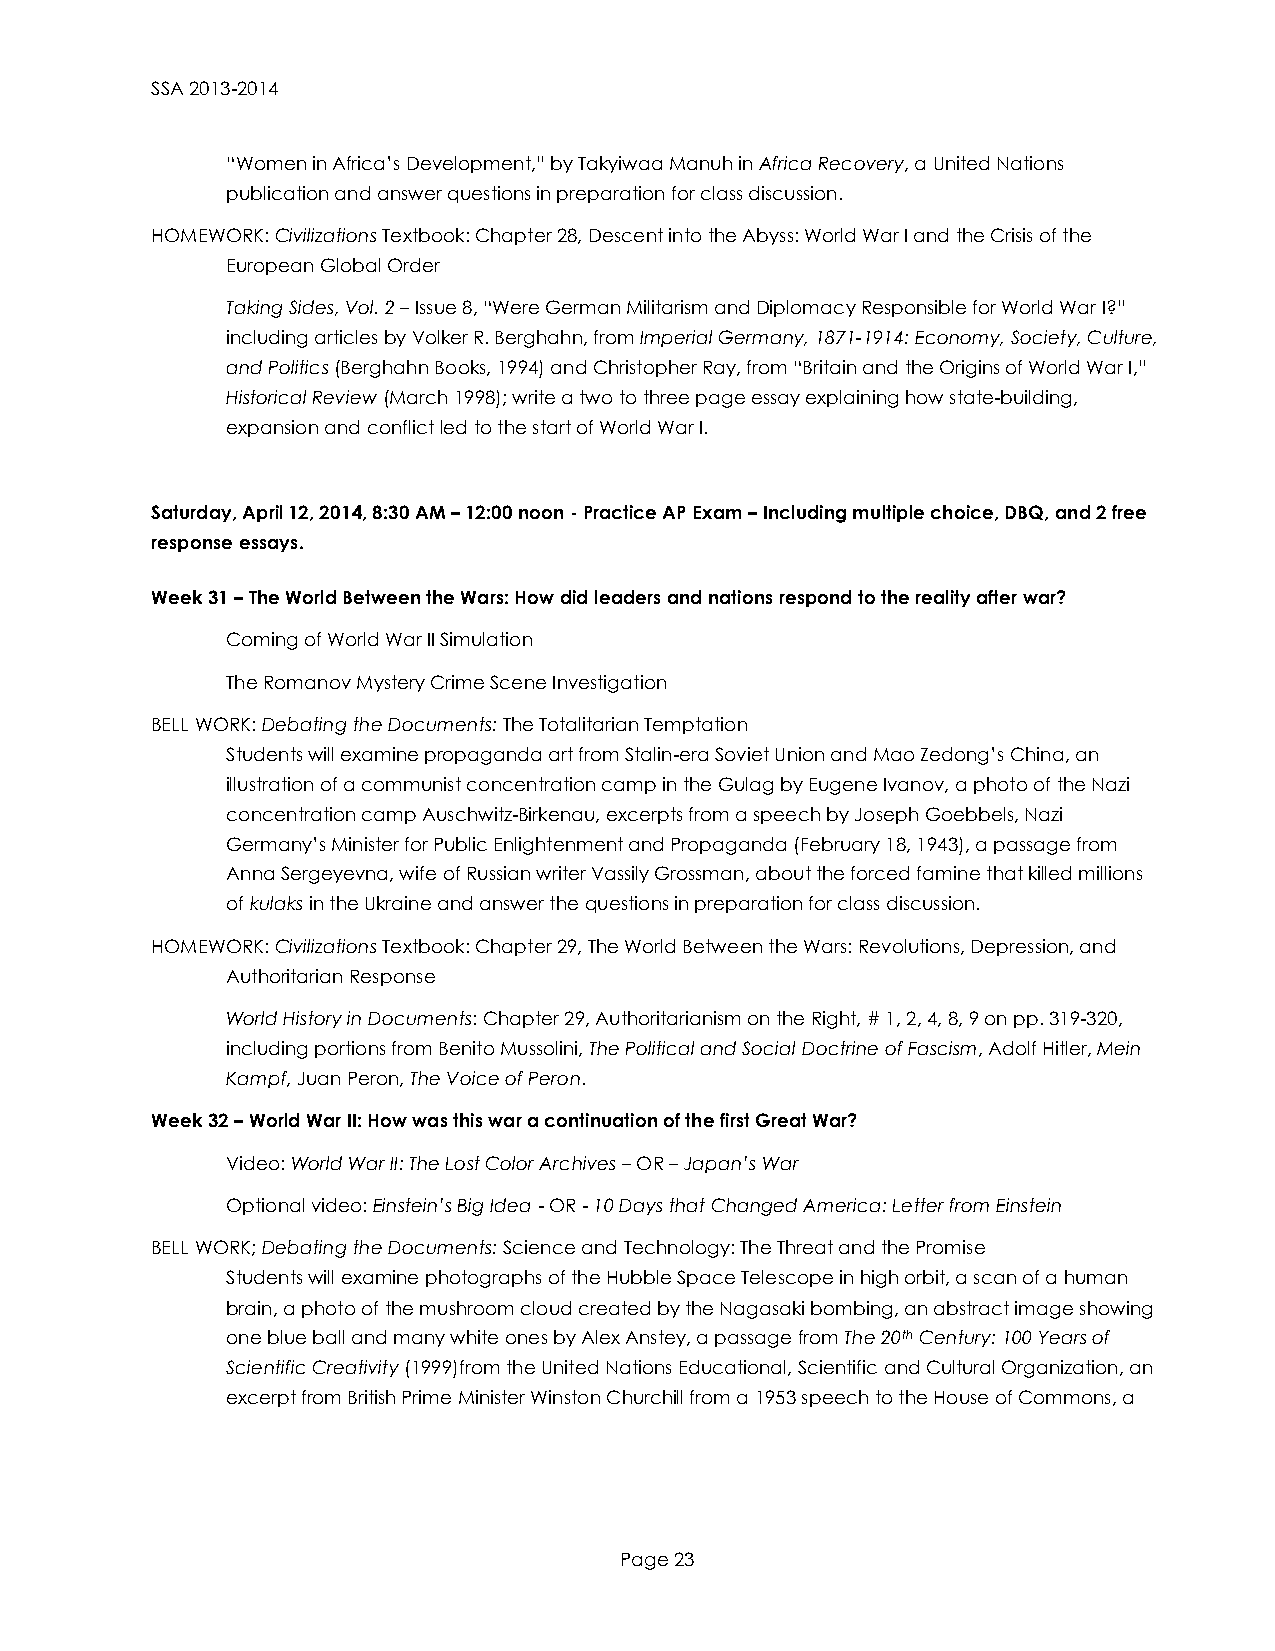
SSA 2013-2014
 “Women in Africa’s Development,” by Takyiwaa Manuh in Africa Recovery, a United Nations
 publication and answer questions in preparation for class discussion.
 HOMEWORK: Civilizations Textbook: Chapter 28, Descent into the Abyss: World War I and the Crisis of the
 European Global Order
 Taking Sides, Vol. 2 – Issue 8, “Were German Militarism and Diplomacy Responsible for World War I?”
 including articles by Volker R. Berghahn, from Imperial Germany, 1871-1914: Economy, Society, Culture,
 and Politics (Berghahn Books, 1994) and Christopher Ray, from “Britain and the Origins of World War I,”
 Historical Review (March 1998); write a two to three page essay explaining how state-building,
 expansion and conflict led to the start of World War I.
 Saturday, April 12, 2014, 8:30 AM – 12:00 noon - Practice AP Exam – Including multiple choice, DBQ, and 2 free
 response essays.
 Week 31 – The World Between the Wars: How did leaders and nations respond to the reality after war?
 Coming of World War II Simulation
 The Romanov Mystery Crime Scene Investigation
 BELL WORK: Debating the Documents: The Totalitarian Temptation
 Students will examine propaganda art from Stalin-era Soviet Union and Mao Zedong’s China, an
 illustration of a communist concentration camp in the Gulag by Eugene Ivanov, a photo of the Nazi
 concentration camp Auschwitz-Birkenau, excerpts from a speech by Joseph Goebbels, Nazi
 Germany’s Minister for Public Enlightenment and Propaganda (February 18, 1943), a passage from
 Anna Sergeyevna, wife of Russian writer Vassily Grossman, about the forced famine that killed millions
 of kulaks in the Ukraine and answer the questions in preparation for class discussion.
 HOMEWORK: Civilizations Textbook: Chapter 29, The World Between the Wars: Revolutions, Depression, and
 Authoritarian Response
 World History in Documents: Chapter 29, Authoritarianism on the Right, # 1, 2, 4, 8, 9 on pp. 319-320,
 including portions from Benito Mussolini, The Political and Social Doctrine of Fascism, Adolf Hitler, Mein
 Kampf, Juan Peron, The Voice of Peron.
 Week 32 – World War II: How was this war a continuation of the first Great War?
 Video: World War II: The Lost Color Archives – OR – Japan’s War
 Optional video: Einstein’s Big Idea - OR - 10 Days that Changed America: Letter from Einstein
 BELL WORK; Debating the Documents: Science and Technology: The Threat and the Promise
 Students will examine photographs of the Hubble Space Telescope in high orbit, a scan of a human
 brain, a photo of the mushroom cloud created by the Nagasaki bombing, an abstract image showing
 one blue ball and many white ones by Alex Anstey, a passage from The 20th Century: 100 Years of
 Scientific Creativity (1999)from the United Nations Educational, Scientific and Cultural Organization, an
 excerpt from British Prime Minister Winston Churchill from a 1953 speech to the House of Commons, a
 Page 23